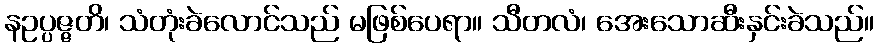
နဥပ္ပဇ္ဇတိ၊ သံတုံးခဲလောင်သည် မဖြစ်ပေရာ။ သီတလံ၊ အေးသောဆီးနှင်းခဲသည်။